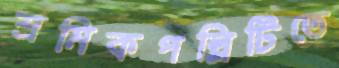
শ্রমিকপল্লিটিতে